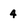
Character: 4